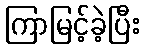
ကြာမြင့်ခဲ့ပြီး